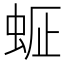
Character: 𧋇